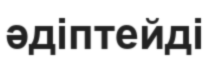
әдіптейді